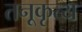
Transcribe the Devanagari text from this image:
तनूकृत्य